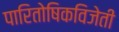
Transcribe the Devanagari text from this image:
पारितोषिकविजेती